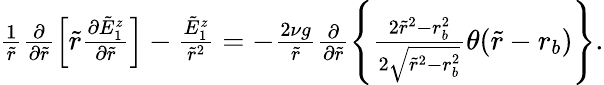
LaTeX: \begin{array}{r}{\frac{1}{\tilde{r}}\frac{\partial}{\partial\tilde{r}}\left[\tilde{r}\frac{\partial\tilde{E}_{1}^{z}}{\partial\tilde{r}}\right]-\frac{\tilde{E}_{1}^{z}}{\tilde{r}^{2}}=-\frac{2\nu g}{\tilde{r}}\frac{\partial}{\partial\tilde{r}}\left\{ \frac{2\tilde{r}^{2}-r_{b}^{2}}{2\sqrt{\tilde{r}^{2}-r_{b}^{2}}}\theta(\tilde{r}-r_{b})\right\} .}\end{array}